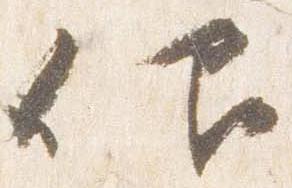
仰